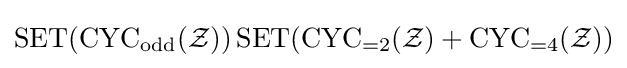
\operatorname {SET} (\operatorname {CYC} _{\operatorname {odd} }({\mathcal {Z}}))\operatorname {SET} (\operatorname {CYC} _{=2}({\mathcal {Z}})+\operatorname {CYC} _{=4}({\mathcal {Z}}))